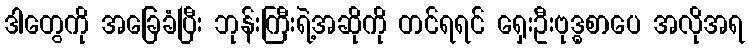
ဒါတွေကို အခြေခံပြီး ဘုန်းကြီးရဲ့အဆိုကို တင်ရရင် ရှေးဦးဗုဒ္ဓစာပေ အလိုအရ